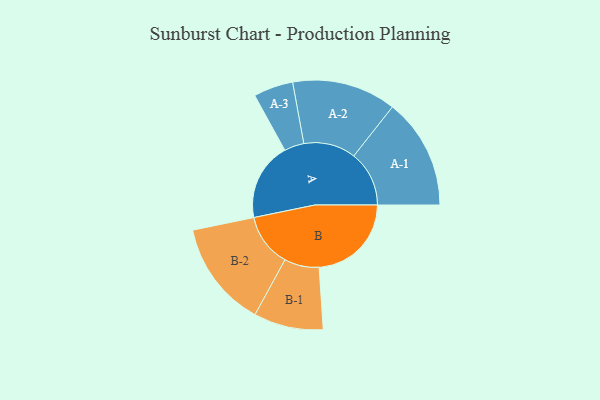
{"axis": {"x": "Segment", "y": "Value"}, "legend": ["", "A", "B"], "data": [{"x": "A", "y": 401, "type": ""}, {"x": "B", "y": 475, "type": ""}, {"x": "A-1", "y": 285, "type": "A"}, {"x": "A-2", "y": 268, "type": "A"}, {"x": "A-3", "y": 102, "type": "A"}, {"x": "B-1", "y": 179, "type": "B"}, {"x": "B-2", "y": 274, "type": "B"}]}